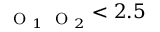
_ { \mathrm { ~ \scriptsize ~ O ~ } _ { 1 } \mathrm { ~ \scriptsize ~ O ~ } _ { 2 } } < 2 . 5